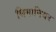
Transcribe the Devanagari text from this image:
थिमानियर